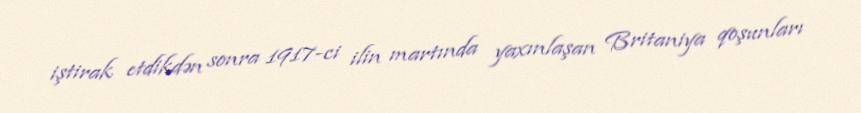
iştirak etdikdən sonra 1917-ci ilin martında yaxınlaşan Britaniya qoşunları